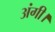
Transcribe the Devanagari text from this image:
अंगी।